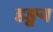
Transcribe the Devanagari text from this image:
डङ्गन